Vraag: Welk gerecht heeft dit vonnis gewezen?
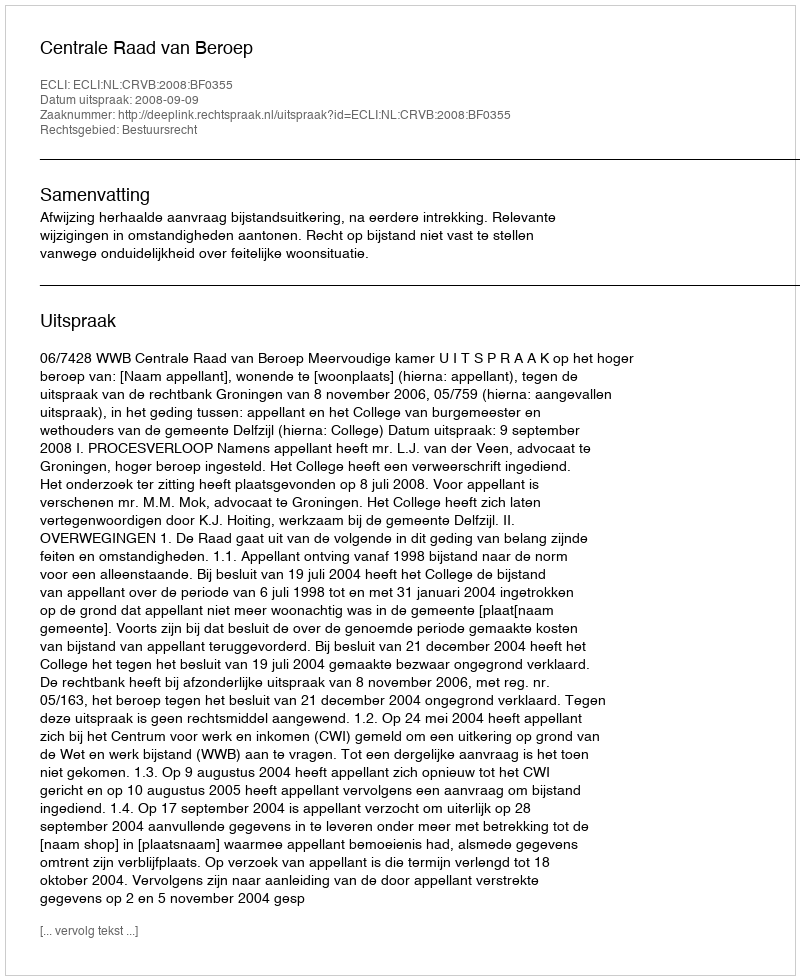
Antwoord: Centrale Raad van Beroep